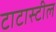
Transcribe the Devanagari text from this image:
टाटास्‍टील